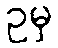
ဥမှ